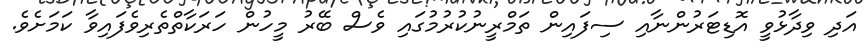
އަދި ވިދާޅުވީ އޮޑިޓަރުންނާއި ސިފައިން ތަމްރީނުކުރުމުގައި ވެސް ބޭރު މީހުން ހަރަކާތްތެރިވެފައިވާ ކަމަށެވެ.